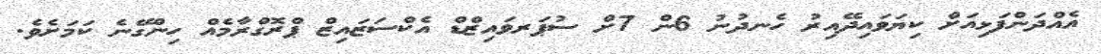
އެއްދަންފަޅިއަށް ކިޔަވައިދޭއިރު ހެނދުނު 6ން 7ށް ސުޕަރވައިޒްޑް އެކްސަޒައިޒް ޕްރޮގްރާމެއް ހިންގޭނެ ކަމަށެވެ.